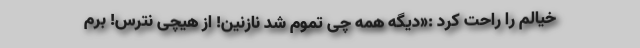
خیالم را راحت کرد :«دیگه همه چی تموم شد نازنین! از هیچی نترس! برم